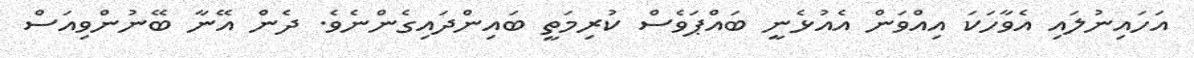
އަހައިނުލައި އެވާހަކަ އިއްވަން އެއުޅެނީ ބައްޕަވެސް ކުރިމަތީ ބައިންދައިގެންނެވެ. ދެން އޭނާ ބޭނުންވިއަސް